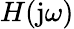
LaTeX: H(\mathrm{j}\omega)